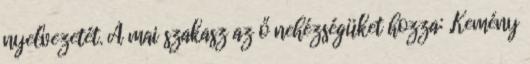
nyelvezetét. A mai szakasz az ő nehézségüket hozza: „Kemény